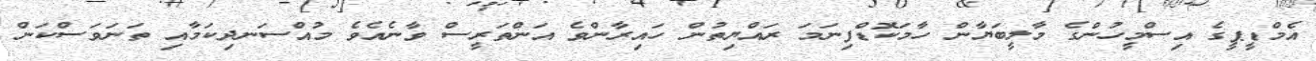
އެމްޑީޕީގެ އިސްމީހުންގެ މާލީބަޔާން ހާމަކޮޑްފިނަމަ ރައްޔިތުން ހައިރާންވެ އަންތަރީސް ވާނެއެވެ މުއްސަނދިކަމާއި ތަނަވަސްކަން